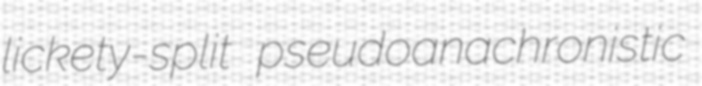
lickety-split pseudoanachronistic